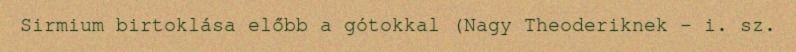
Sirmium birtoklása előbb a gótokkal (Nagy Theoderiknek – i. sz.